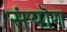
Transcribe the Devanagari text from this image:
संयॊग